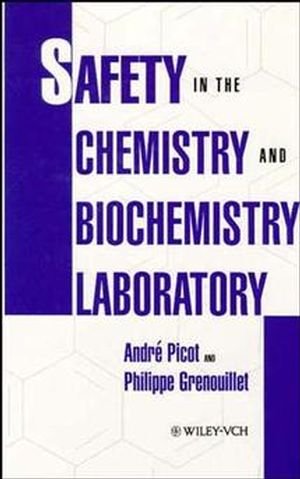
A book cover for Safety in the Chemistry and Biochemistry Laboratory; AndrÃ© Picot; Science & Math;